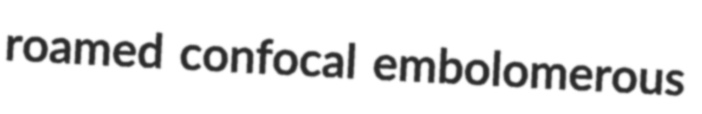
roamed confocal embolomerous